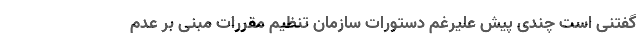
گفتنی است چندی پیش علیرغم دستورات سازمان تنظیم مقررات مبنی بر عدم